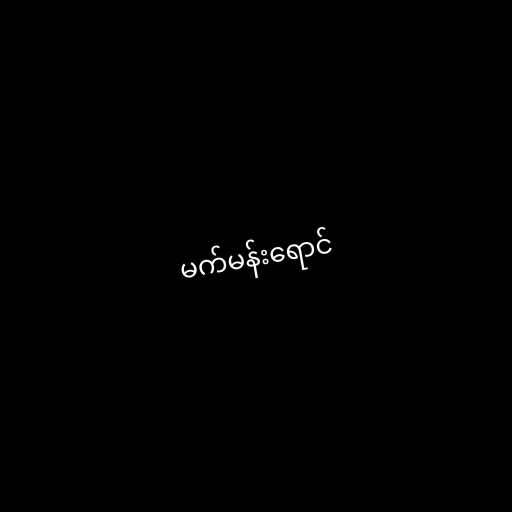
မက်မန်းရောင်